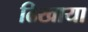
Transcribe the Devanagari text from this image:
ढिखाया